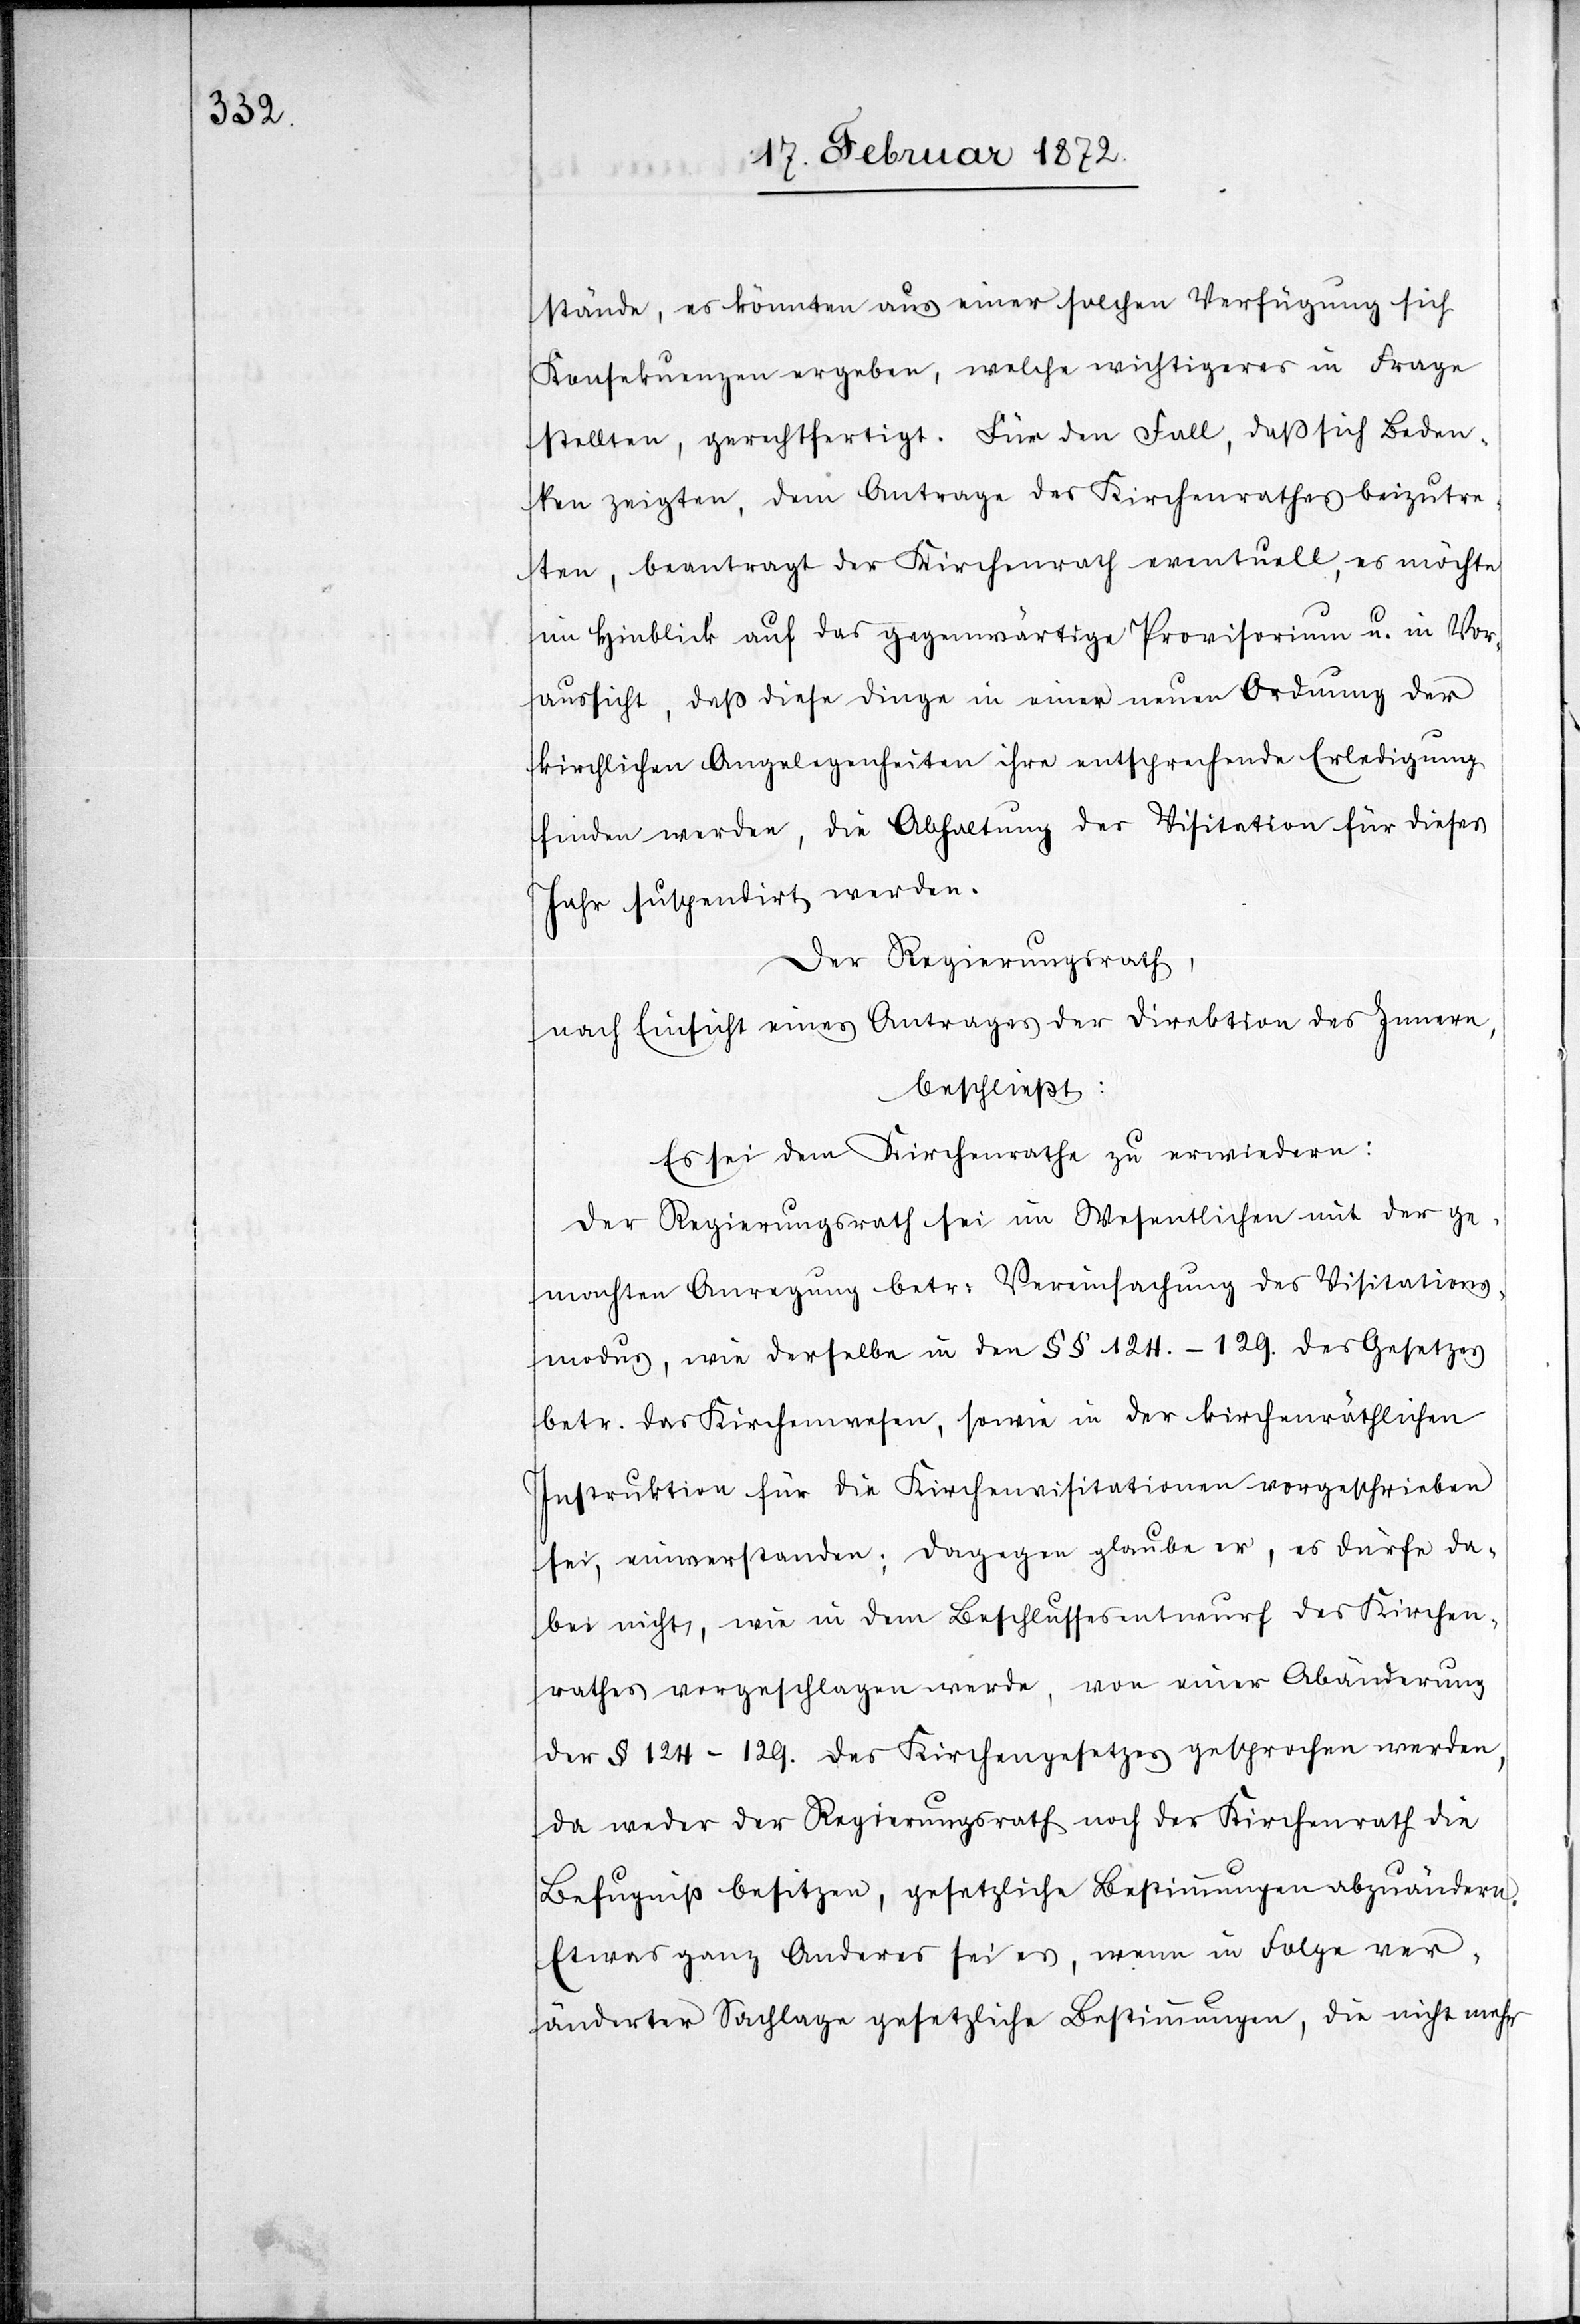
stände, es könnten aus einer solchen Verfügung sich
Konsequenzen ergeben, welche wichtigeres in Frage
stellten, gerechtfertigt. Für den Fall, daß sich Beden¬
ken zeigten, dem Antrage des Kirchenrathes beizutre¬
ten, beantragt der Kirchenrath eventuell, es möchte
im Hinblick auf das gegenwärtige Provisorium u. in Vor¬
aussicht, daß diese Dinge in einer neuen Ordnung der
kirchlichen Angelegenheiten ihre entsprechende Erledigung
finden werden, die Abhaltung der Visitation für dieses
Jahr suspendirt werden.
Der Regierungsrath,
nach Einsicht eines Antrages der Direktion des Innern,
beschließt:
Es sei dem Kirchenrathe zu erwiedern:
Der Regierungsrath sei im Wesentlichen mit der ge¬
machten Anregung betr. Vereinfachung des Visitations¬
modus, wie derselbe in den §§ 124.–129. des Gesetzes
betr. das Kirchenwesen, sowie in der kirchenräthlichen
Instruktion für die Kirchenvisitationen vorgeschrieben
sei, einverstanden; dagegen glaube er, es dürfe da¬
bei nicht, wie in dem Beschlussesentwurf des Kirchen¬
rathes vorgeschlagen werde, von einer Abänderung
der § 124–129. des Kirchengesetzes gesprochen werden,
da weder der Regierungsrath noch der Kirchenrath die
Befugniß besitzen, gesetzliche Bestimmungen abzuändern.
Etwas ganz Anderes sei es, wenn in Folge ver¬
änderter Sachlage gesetzliche Bestimmungen, die nicht mehr